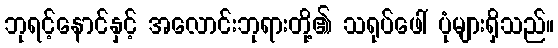
ဘုရင့်နောင်နှင့် အလောင်းဘုရားတို့၏ သရုပ်ဖေါ် ပုံများရှိသည်။